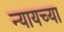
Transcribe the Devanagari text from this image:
न्यायच्या